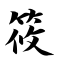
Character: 筱